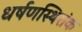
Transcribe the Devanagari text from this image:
धर्षणस्थिरांक